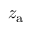
z _ { \mathrm { a } }